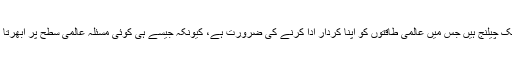
ان کا کہنا تھا کہ دونوں تنازعات ایک چیلنج ہیں جس میں عالمی طاقتوں کو اپنا کردار ادا کرنے کی ضرورت ہے، کیونکہ جیسے ہی کوئی مسئلہ عالمی سطح پر ابھرتا ہے اسے فوری حل کر لیا جاتا ہے۔